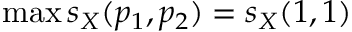
\operatorname* { m a x } s _ { X } ( p _ { 1 } , p _ { 2 } ) = s _ { X } ( 1 , 1 )